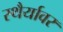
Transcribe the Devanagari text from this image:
स्थैर्यावर